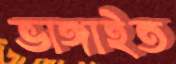
ভাঙ্গাইত